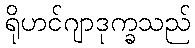
ရိုဟင်ဂျာဒုက္ခသည်